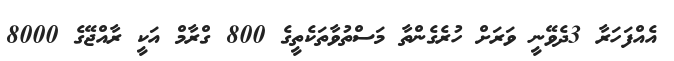
އެއްފަހަރާ 3ދެވޭނީ ވަރަށް ހުރެގެންތާ މަސްތުވާތަކެތީގެ 800 ގްރާމް އަކީ ރާއްޖޭގެ 8000